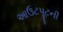
આઉટપૂટની